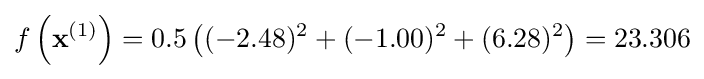
f\left(\mathbf {x} ^{(1)}\right)=0.5\left((-2.48)^{2}+(-1.00)^{2}+(6.28)^{2}\right)=23.306